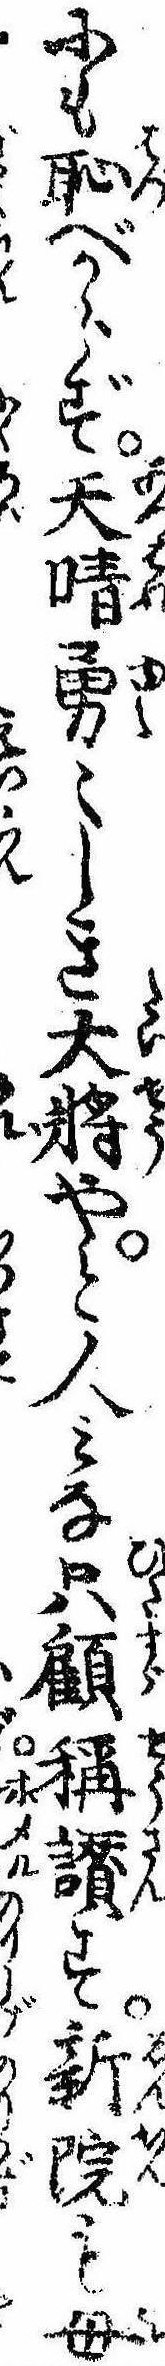
にも恥べからず天晴勇〻しき大将やと人みな只顧称讃す新院も母